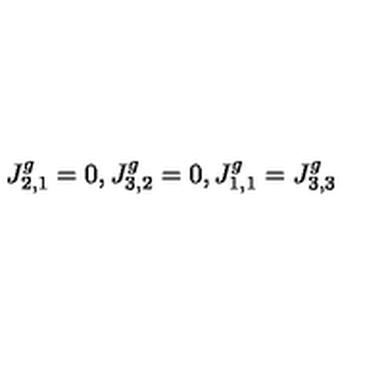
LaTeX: J _ { 2 , 1 } ^ { g } = 0 , J _ { 3 , 2 } ^ { g } = 0 , J _ { 1 , 1 } ^ { g } = J _ { 3 , 3 } ^ { g }